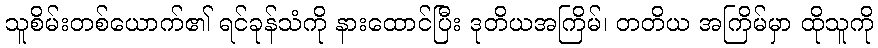
သူစိမ်းတစ်ယောက်၏ ရင်ခုန်သံကို နားထောင်ပြီး ဒုတိယအကြိမ်၊ တတိယ အကြိမ်မှာ ထိုသူကို